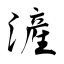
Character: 滻